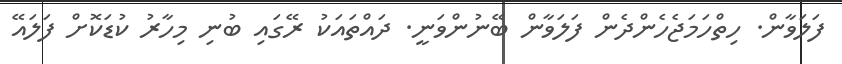
ފަލަވާން. ހިތްހަމަޖެހެންދެން ފަލަވާން ބޭނުންވަނީ. ދައްތައަކު ރޭގައި ބުނި މިހާރު ކުޑަކޮށް ފަލައޭ